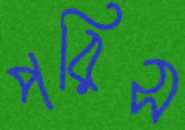
পরিস